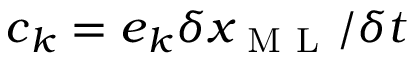
\boldsymbol { c } _ { k } = \boldsymbol { e } _ { k } \delta x _ { \mathrm { ~ M ~ L ~ } } / \delta t